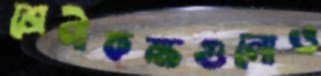
শ্রেণীকক্ষগুলোও